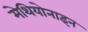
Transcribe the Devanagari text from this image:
मेथियोनाइन